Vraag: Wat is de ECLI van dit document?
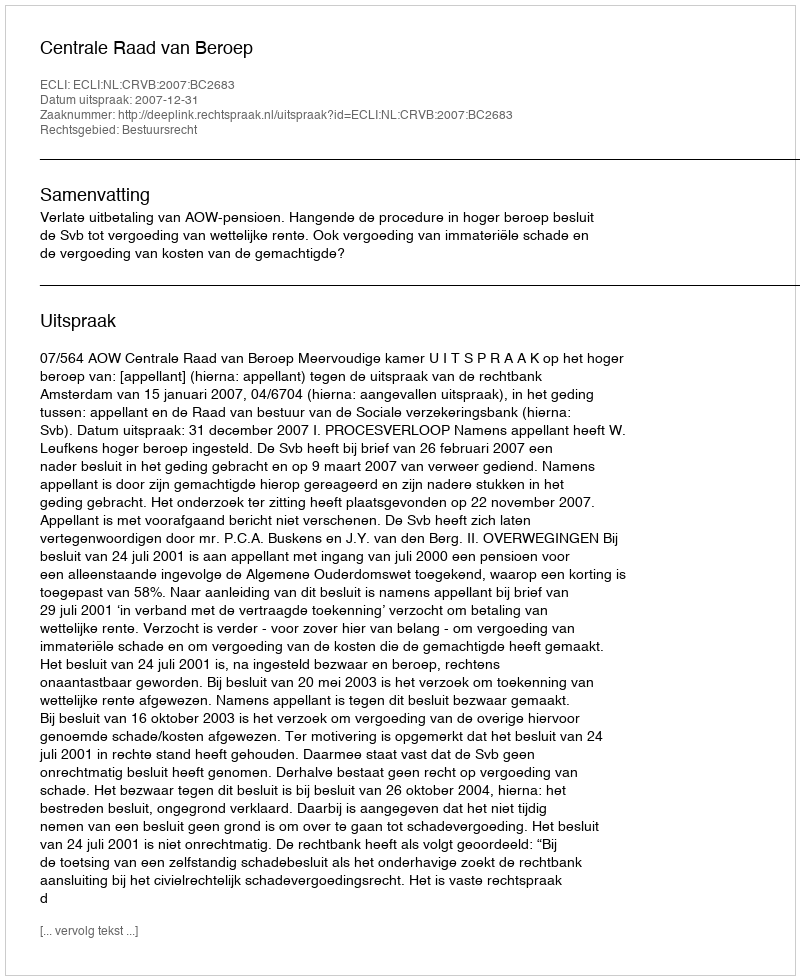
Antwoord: ECLI:NL:CRVB:2007:BC2683